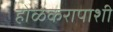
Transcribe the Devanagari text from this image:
होळकरापाशी